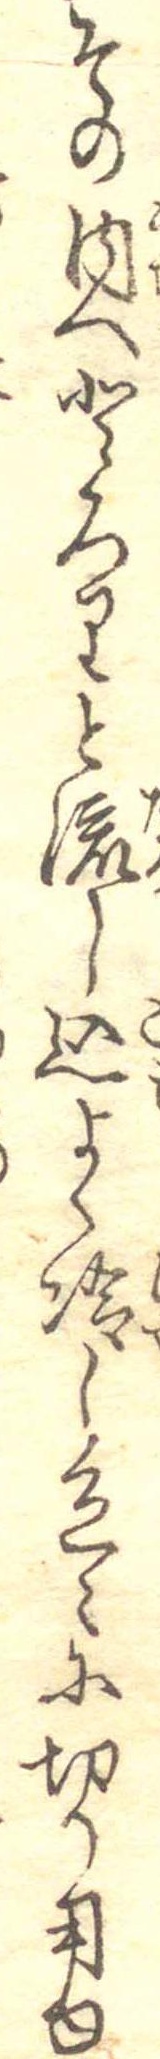
その内へとろりと流し込よく冷し色々に切り用ゆ